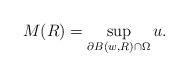
\begin{align*}M(R) = \sup_{\partial B(w,R) \cap \Omega} u.\end{align*}